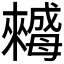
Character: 𣬀